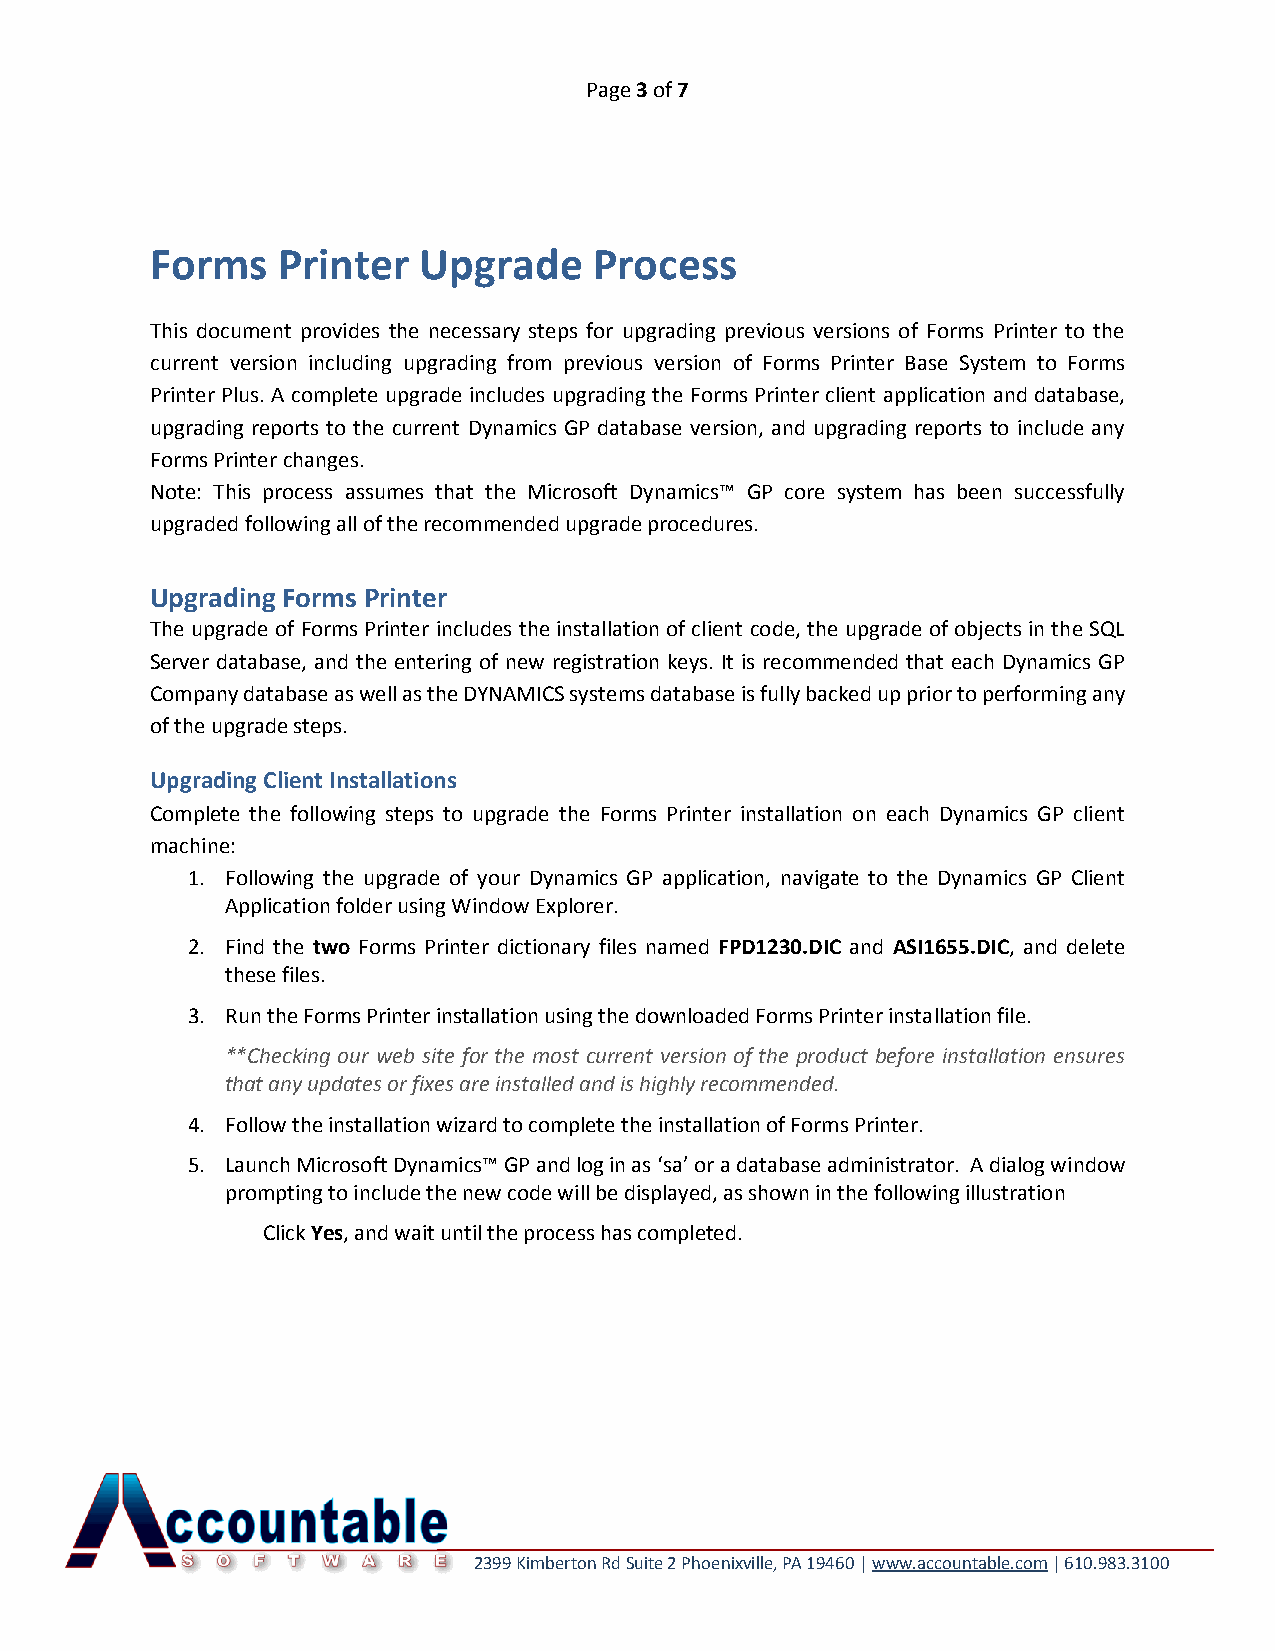
Page 3 of 7
 Forms   Printer   Upgrade    Process
 This document provides the necessary steps for upgrading previous versions of Forms Printer to the
 current version including upgrading from previous version of Forms Printer Base System to Forms
 Printer Plus. A complete upgrade includes upgrading the Forms Printer client application and database,
 upgrading reports to the current Dynamics GP database version, and upgrading reports to include any
 Forms Printer changes.
 Note: This process assumes that the Microsoft Dynamics™ GP core system has been successfully
 upgraded following all of the recommended upgrade procedures.
 Upgrading Forms Printer
 The upgrade of Forms Printer includes the installation of client code, the upgrade of objects in the SQL
 Server database, and the entering of new registration keys. It is recommended that each Dynamics GP
 Company database as well as the DYNAMICS systems database is fully backed up prior to performing any
 of the upgrade steps.
 Upgrading Client Installations
 Complete the following steps to upgrade the Forms Printer installation on each Dynamics GP client
 machine:
 1. Following the upgrade of your Dynamics GP application, navigate to the Dynamics GP Client
 Application folder using Window Explorer.
 2. Find the two Forms Printer dictionary files named FPD1230.DIC and ASI1655.DIC, and delete
 these files.
 3. Run the Forms Printer installation using the downloaded Forms Printer installation file.
 **Checking our web site for the most current version of the product before installation ensures
 that any updates or fixes are installed and is highly recommended.
 4. Follow the installation wizard to complete the installation of Forms Printer.
 5. Launch Microsoft Dynamics™ GP and log in as ‘sa’ or a database administrator. A dialog window
 prompting to include the new code will be displayed, as shown in the following illustration
 Click Yes, and wait until the process has completed.
 2399 Kimberton Rd Suite 2 Phoenixville, PA 19460 | www.accountable.com | 610.983.3100